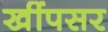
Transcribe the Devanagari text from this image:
खींपसर